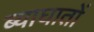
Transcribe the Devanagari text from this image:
ब्याघातों